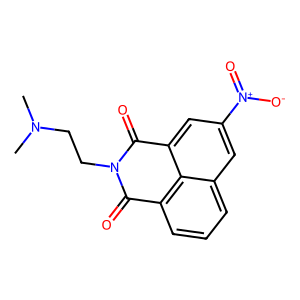
SMILES: CN(C)CCN1C(=O)c2cccc3cc([N+](=O)[O-])cc(c23)C1=O
Inhibits HIV replication: No